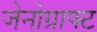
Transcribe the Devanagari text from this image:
जेनोग्राफ्ट